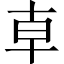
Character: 𠦝